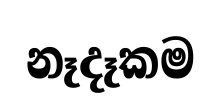
නෑදෑකම